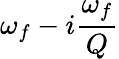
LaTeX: \omega_{f}-i\frac{\omega_{f}}{Q}